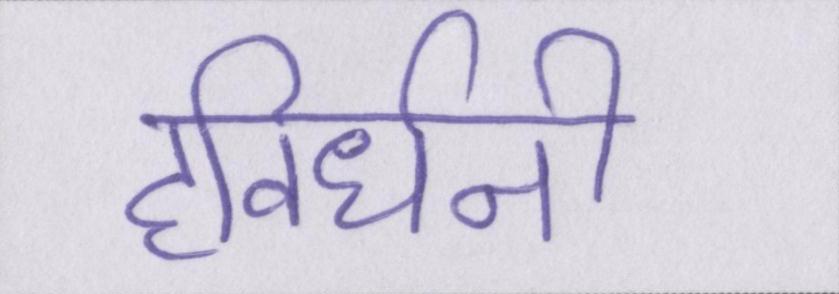
हविर्धनी